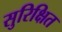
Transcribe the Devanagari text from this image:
सुरिक्षित